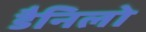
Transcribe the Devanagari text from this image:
डैनिलो